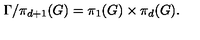
\Gamma / \pi _ { d + 1 } ( G ) = \pi _ { 1 } ( G ) \times \pi _ { d } ( G ) .